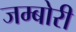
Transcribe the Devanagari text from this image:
जम्बोरी